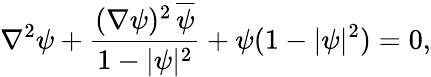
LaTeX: \nabla^{2}\psi+\frac{(\nabla\psi)^{2}\, {\overline{{\psi}}}}{1-|\psi|^{2}}+\psi(1-|\psi|^{2})=0,